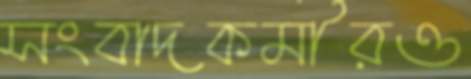
সংবাদকর্মীরও